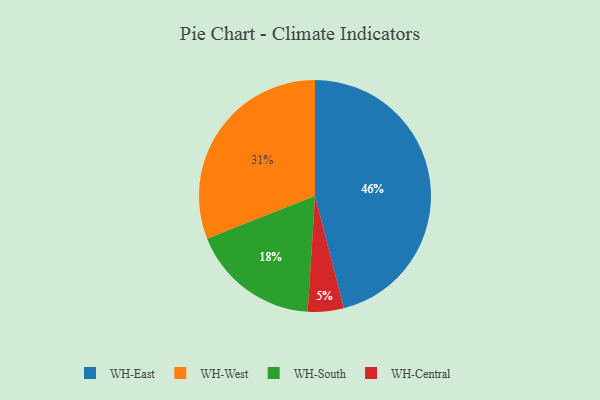
{"axis": {"x": "Category", "y": "Percentage"}, "legend": ["WH-Central", "WH-East", "WH-South", "WH-West"], "data": [{"x": "WH-Central", "y": 5, "type": "WH-Central"}, {"x": "WH-West", "y": 31, "type": "WH-West"}, {"x": "WH-South", "y": 18, "type": "WH-South"}, {"x": "WH-East", "y": 46, "type": "WH-East"}]}